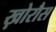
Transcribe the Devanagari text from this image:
ख़ोरौस